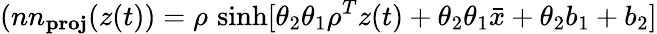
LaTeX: (nn_{\textbf{proj}}(z(t))=\rho\, \sinh[\theta_{2}\theta_{1}\rho^{T}z(t)+\theta_{2}\theta_{1}\bar{x}+\theta_{2}b_{1}+b_{2}]